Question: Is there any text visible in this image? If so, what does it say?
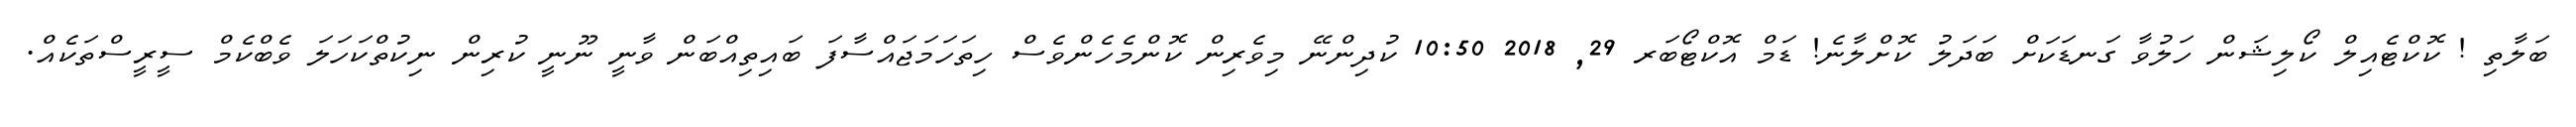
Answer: ބަލާތި ! ކޮކްޓެއިލް ކޯލިޝަން ހަލުވާ ގަނޑަކަށް ބަދަލު ކޮށްލާނެ! ޑަމް އޮކްޓޯބަރ 29, 2018 10:50 ކުދިންނޭ މިވެރިން ކޮންމެހެންވެސް ހިތަހަމަޖައްސާފަ ބައިތިއްބަން ވާނީ ނޫނީ ކުރިން ނިކުތްކަހަލަ ވެބްކެމް ސީރީސްތަކެއް.